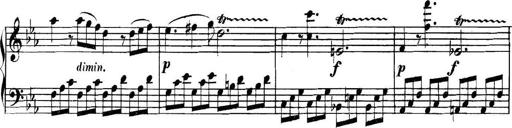
Title: Collected Piano Sonatas
Composer: Muzio Clementi